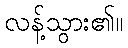
လန့်သွား၏။